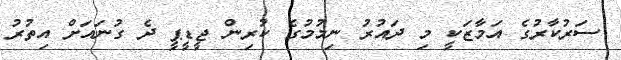
ސަރުކާރުގެ އަމާޒަކީ މި ދައުރު ނިމުމުގެ ކުރިން ޖީޑީޕީ ދެ ގުނައަށް އިތުރު